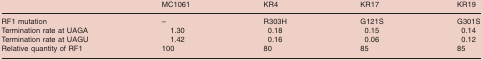
<table><thead><tr><td></td><td><b>MC1061</b></td><td><b>KR4</b></td><td><b>KR17</b></td><td><b>KR19</b></td></tr></thead><tbody><tr><td>RF1 mutation</td><td>–</td><td>R303H</td><td>G121S</td><td>G301S</td></tr><tr><td>Termination rate at UAGA</td><td>1.30</td><td>0.18</td><td>0.15</td><td>0.14</td></tr><tr><td>Termination rate at UAGU</td><td>1.42</td><td>0.16</td><td>0.06</td><td>0.12</td></tr><tr><td>Relative quantity of RF1</td><td>100</td><td>80</td><td>85</td><td>85</td></tr></tbody></table>